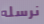
نرسله